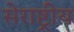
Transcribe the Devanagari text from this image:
सेराष्ट्रीय